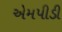
એમપીડી